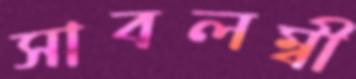
সাবলম্বী